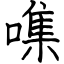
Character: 㗱